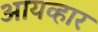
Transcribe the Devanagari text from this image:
आयव्हार